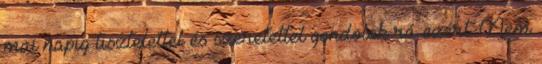
mai napig tisztelettel és szeretettel gondolok rá ezért. Nem